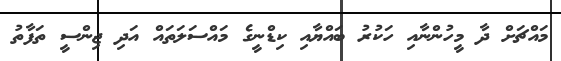
މައްޗަށް ދާ މީހުންނާއި ހަކުރު ބައްޔާއި ކިޑްނީގެ މައްސަލަތައް އަދި ޖިންސީ ތަފާތު